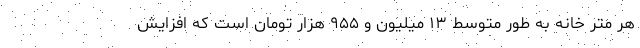
هر متر خانه به طور متوسط ۱۳ میلیون و ۹۵۵ هزار تومان است که افزایش